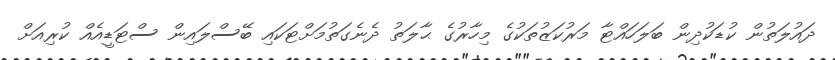
ދައުލަތުން ކުޑަކުދިން ބަލަހައްޓާ މަރުކަޒުތަކުގެ މިހާރުގެ ޙާލަތު ދެނެގަތުމަށްޓަކައި ބޭސްލައިން ސްޓަޑީއެއް ކުރިއަށް